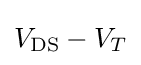
V_{\rm {DS}}-V_{T}